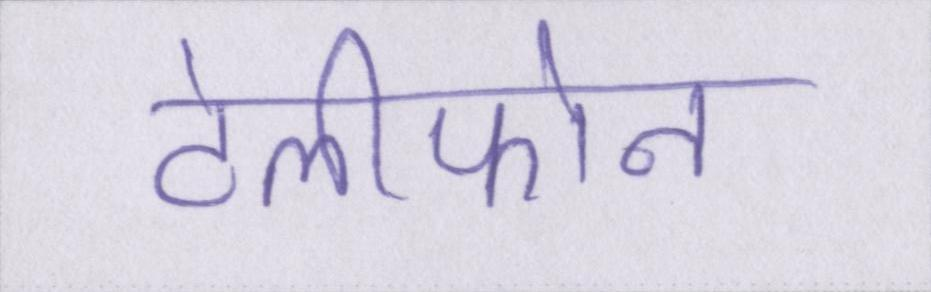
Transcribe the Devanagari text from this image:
टेलीफोन